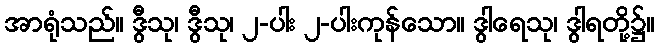
အာရုံသည်။ ဒွီသု၊ ဒွီသု၊ ၂-ပါး ၂-ပါးကုန်သော။ ဒွါရေသု၊ ဒွါရတို့၌။